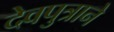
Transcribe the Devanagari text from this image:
देवपुत्राने